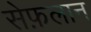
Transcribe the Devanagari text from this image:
सेफ़लान